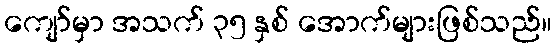
ကျော်မှာ အသက် ၃၅ နှစ် အောက်များဖြစ်သည်။